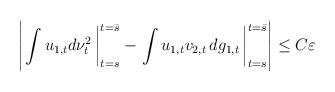
LaTeX: \begin{align*} \left|\left.\int u_{1,t} d\nu^2_{t}\,\right|^{t=\bar s}_{t=s} - \left.\int u_{1,t} v_{2,t}\, dg_{1,t}\,\right|^{t=\bar s}_{t=s}\right| &\le C \varepsilon\end{align*}